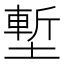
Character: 塹